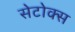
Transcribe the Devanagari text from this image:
सेटोक्स